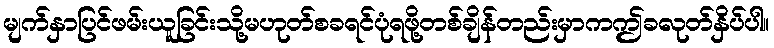
မျက်နှာပြင်ဖမ်းယူခြင်းသို့မဟုတ်စခရင်ပုံရဖို့တစ်ချိန်တည်းမှာကဤခလုတ်နှိပ်ပါ။